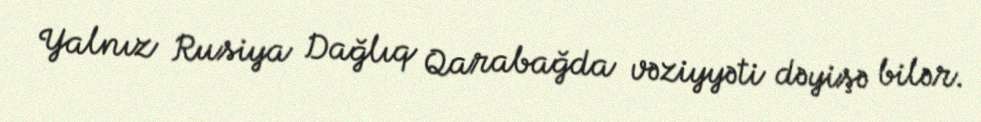
Yalnız Rusiya Dağlıq Qarabağda vəziyyəti dəyişə bilər.